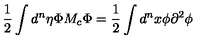
\frac { 1 } { 2 } \int { d ^ { n } \eta } { \Phi } { M _ { c } } { \Phi } = \frac { 1 } { 2 } \int { d ^ { n } x } { \phi } { \partial } ^ { 2 } { \phi }